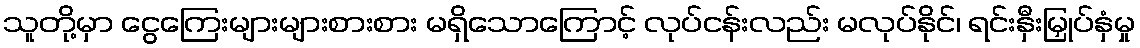
သူတို့မှာ ငွေကြေးများများစားစား မရှိသောကြောင့် လုပ်ငန်းလည်း မလုပ်နိုင်၊ ရင်းနှီးမြှုပ်နှံမှု